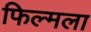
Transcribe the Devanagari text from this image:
फिल्मला